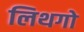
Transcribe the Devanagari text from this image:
लिथगो